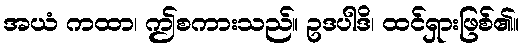
အယံ ကထာ၊ ဤစကားသည်။ ဥဒပါဒိ၊ ထင်ရှားဖြစ်၏။